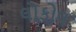
લોકોલ